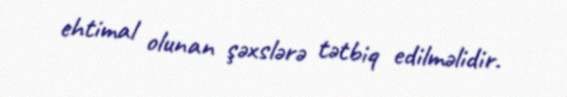
ehtimal olunan şəxslərə tətbiq edilməlidir.